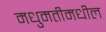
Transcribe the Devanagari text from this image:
मधुमतीमधील